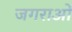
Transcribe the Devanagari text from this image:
जगराओं